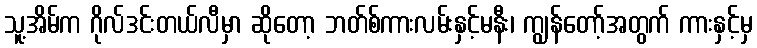
သူ့အိမ်က ဂိုလ်ဒင်းတယ်လီမှာ ဆိုတော့ ဘတ်စ်ကားလမ်းနှင့်မနီး၊ ကျွန်တော့်အတွက် ကားနှင့်မှ